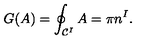
G ( A ) = \oint _ { { \cal C } ^ { I } } A = \pi n ^ { I } .